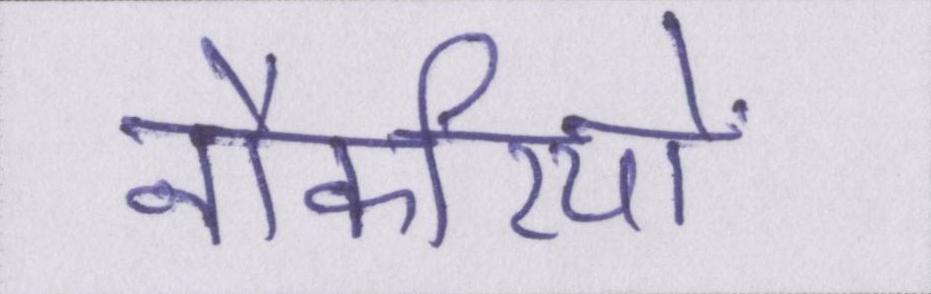
नौकरियों